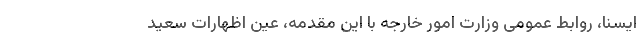
ایسنا، روابط عمومی وزارت امور خارجه با این مقدمه، عین اظهارات سعید